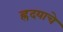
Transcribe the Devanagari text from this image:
ह्रदयाचे